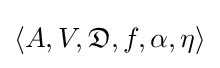
\langle A,V,{\mathfrak {D}},f,\alpha ,\eta \rangle